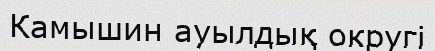
Камышин ауылдық округі